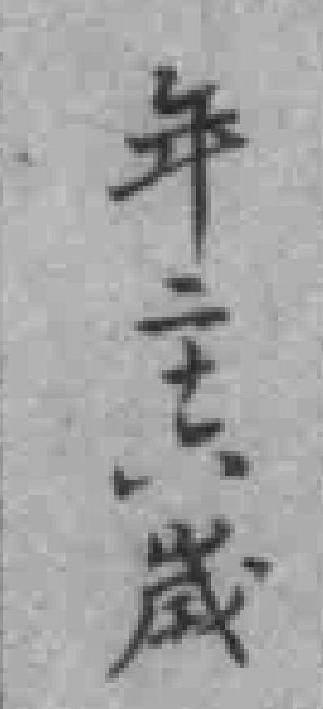
年二十六歲